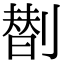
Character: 𠟆